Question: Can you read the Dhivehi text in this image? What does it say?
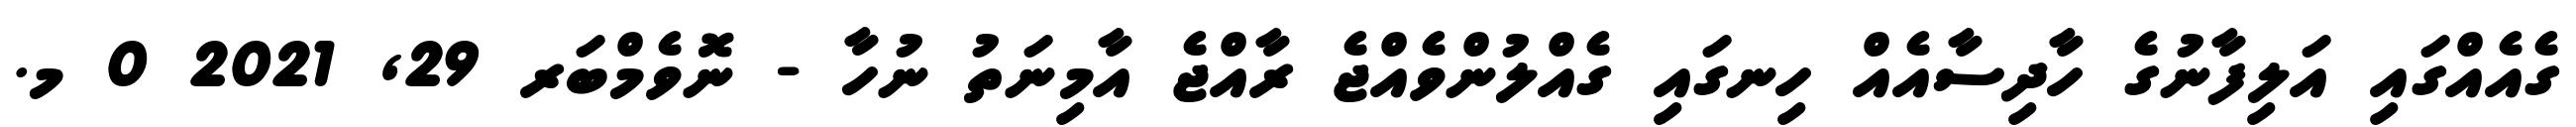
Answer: ގެއެއްގައި އަލިފާނުގެ ހާދިސާއެއް ހިނގައި ގެއްލުންވެއްޖެ ރާއްޖެ އާމިނަތު ނުހާ - ނޮވެމްބަރ 29, 2021 0 މ.